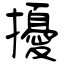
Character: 擾